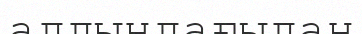
алдындағыдан